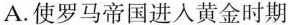
A.使罗马帝国进入黄金时期